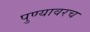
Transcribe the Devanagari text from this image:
पुण्यावरच